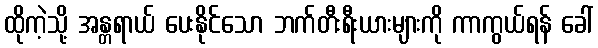
ထိုကဲ့သို့ အန္တရာယ် ပေးနိုင်သော ဘက်တီးရီးယားများကို ကာကွယ်ရန် ခေါ်